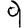
Digit: 9